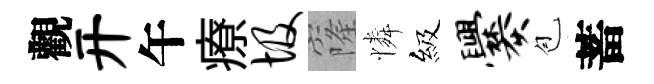
觀开午療圾窿憐級爨苞蓄